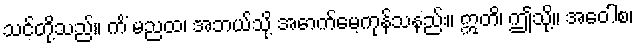
သင်တို့သည်။ ကိံ မညထ၊ အဘယ်သို့ အောက်မေ့ကုန်သနည်း။ ဣတိ၊ ဤသို့။ အဝေါစ၊